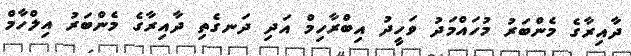
ދާއިރާގެ މެންބަރު މުހައްމަދު ވަހީދު އިބްރާހިމް އަދި ދަނގެތި ދާއިރާގެ މެންބަރު އިލްހާމް